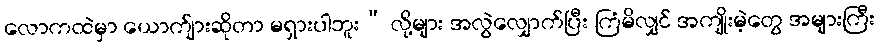
လောကထဲမှာ ယောက်ျားဆိုတာ မရှားပါဘူး” လို့များ အလွဲလျှောက်ပြီး ကြံမိလျှင် အကျိုးမဲ့တွေ အများကြီး